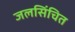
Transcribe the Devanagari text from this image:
जलसिंचित